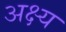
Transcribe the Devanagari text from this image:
अक्ष्य